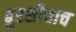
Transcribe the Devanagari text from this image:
बुरशीचाच